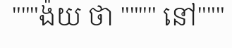
"""ង៉យ ថា """" នៅ"""